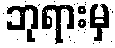
ဘုရားမှ